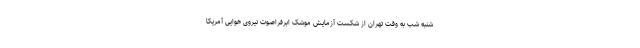
شنبه شب به وقت تهران از شکست آزمایش موشک ابرفراصوت نیروی هوایی آمریکا